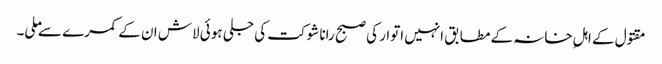
مقتول کے اہلِ خانہ کے مطابق انہیں اتوار کی صبح رانا شوکت کی جلی ہوئی لاش ان کے کمرے سے ملی۔